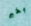
بخير